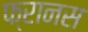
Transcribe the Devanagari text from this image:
फ्रानस